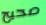
صحيح